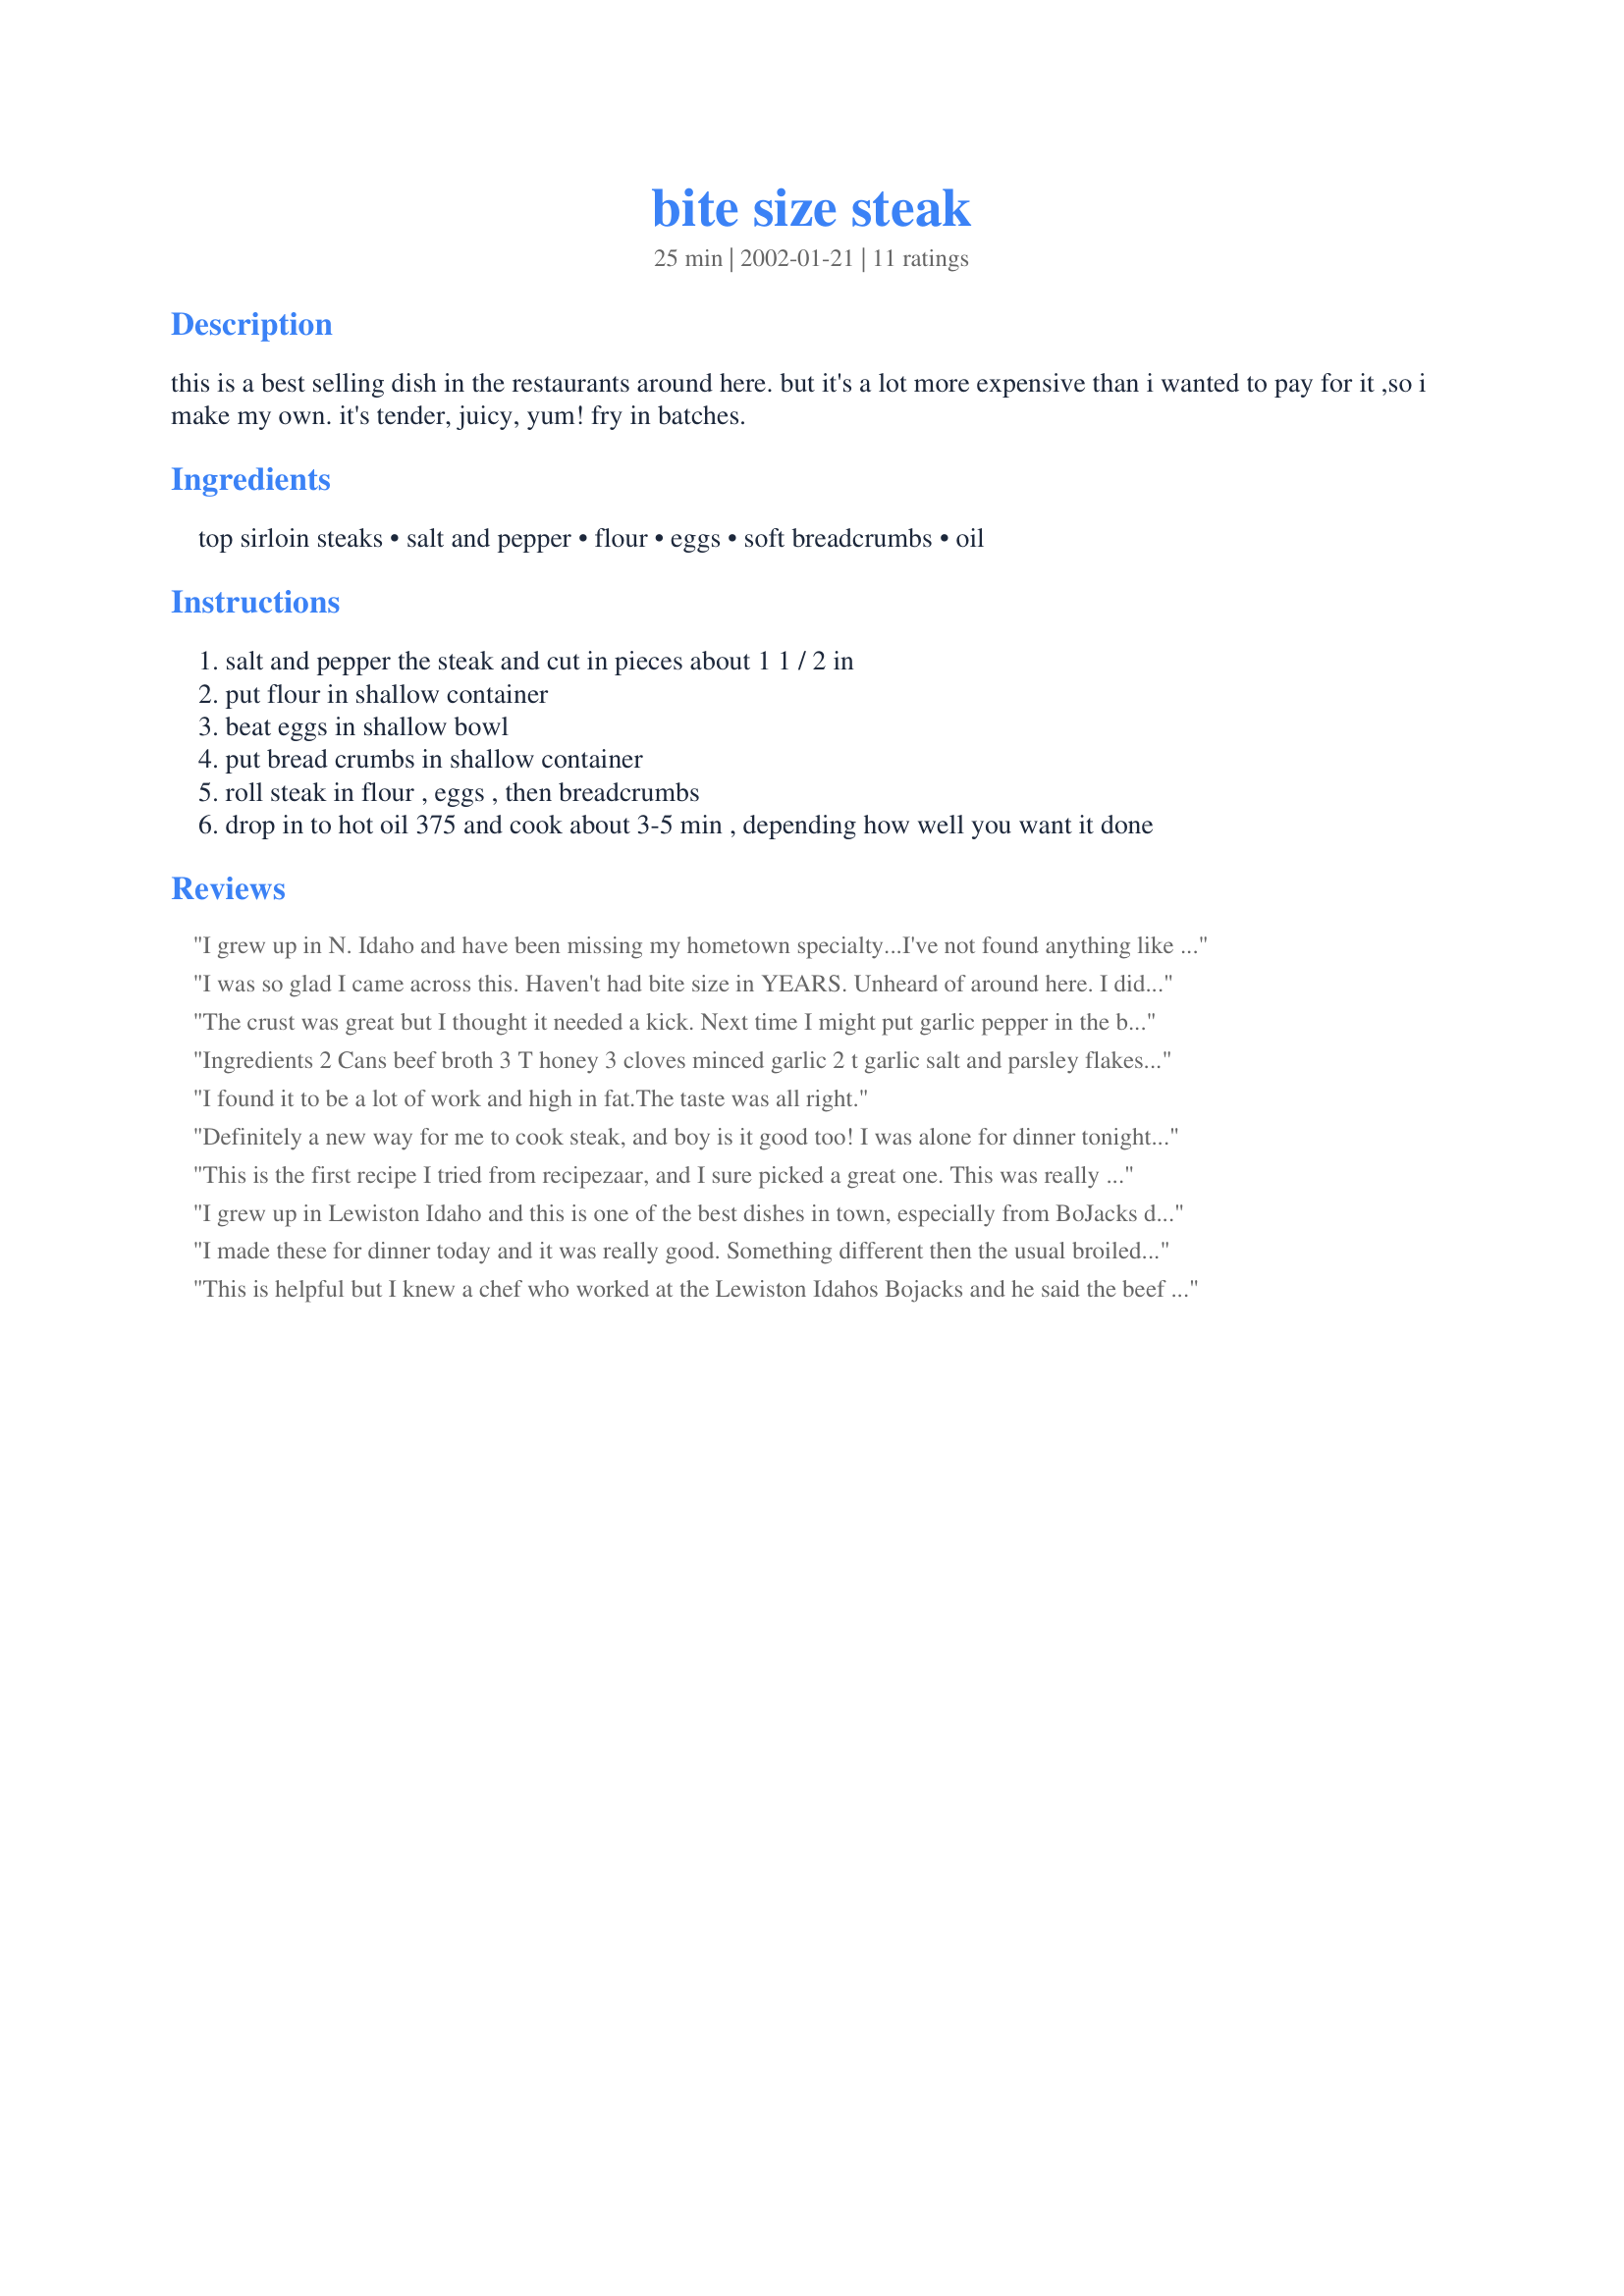
bite size steak
Preparation time: 25 minutes

this is a best selling dish in the restaurants around here. but it's a lot more expensive than i wanted to pay for it ,so i make my own. it's tender, juicy, yum! fry in batches.

Ingredients:
top sirloin steaks, salt and pepper, flour, eggs, soft breadcrumbs, oil

Steps:
salt and pepper the steak and cut in pieces about 1 1 / 2 in
put flour in shallow container
beat eggs in shallow bowl
put bread crumbs in shallow container
roll steak in flour , eggs , then breadcrumbs
drop in to hot oil 375 and cook about 3-5 min , depending how well you want it done

Reviews:
I grew up in N. Idaho and have been missing my hometown specialty...I've not found anything like it in Michigan. Thanks for the recipe, it made dinner tonight like a trip home!
I was so glad I came across this. Haven't had bite size in YEARS. Unheard of around here. I did marinate mine for a couple of hours in a simple soy sauce mixture. Were really good and simple. I'll be making these again and playing around with different flavors.
The crust was great but I thought it needed a kick. Next time I might put garlic pepper in the bread crumb mixture and maybe a little meat seasoning on the steak before flouring.
Ingredients 2 Cans beef broth 3 T honey 3 cloves minced garlic 2 t garlic salt and parsley flakes 1/2 t ground pepper 3 T Worcestershire Sauce put bite size in and marinate for 24 hours Breading: 1 1.2 C flour 1/4 C cornstarch 1/4 C corn meal 2 T garlic salt 2 t pepper 1/2 t paprika Directions deep fry or cook on top of stove or in oven
I found it to be a lot of work and high in fat.The taste was all right.
Definitely a new way for me to cook steak, and boy is it good too!
I was alone for dinner tonight and had a piece of scotch fillet steak that I though 'mmm this will be worth a try'..really glad I did. will make this again, lots!
This is the first recipe I tried from recipezaar, and I sure picked a great one. This was really good!! The steak stays moist and tender. And it is a snap to make!! I love this.
I grew up in Lewiston Idaho and this is one of the best dishes in town, especially from BoJacks down town. Man I miss home hence why I looked up this recipe. It turned out so good and will be one that I will continue to make when I feel like I am missing home again. Thanks
I made these for dinner today and it was really good. Something different then the usual broiled or gilled steak. I will definitely make again. Thank you for the recipe.
This is helpful but I knew a chef who worked at the Lewiston Idahos Bojacks and he said the beef was purchased at a local meat market in bulk (stew meat pieces) and marinated in soy overnight and a pancake mix was used for flouring. Just some additional ideas to play with.
I tried this tonight, I thought is was wonderful...I never thought about it until tasting it but I make fried round steak which is alot like this - however I never used the egg or the bread crumbs so your crust turned out much better! Thank you so much for all your recipes, my husband and kids ate it also and he even had seconds, that means he really enjoyed it - we all did thanks again!
